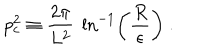
LaTeX: p _ { c } ^ { 2 } \equiv { \frac { 2 \pi } { L ^ { 2 } } } ~ \ln ^ { - 1 } \left( \frac { R } { \epsilon } \right) ~ .